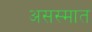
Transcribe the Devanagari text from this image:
असस्मात